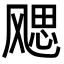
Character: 飔